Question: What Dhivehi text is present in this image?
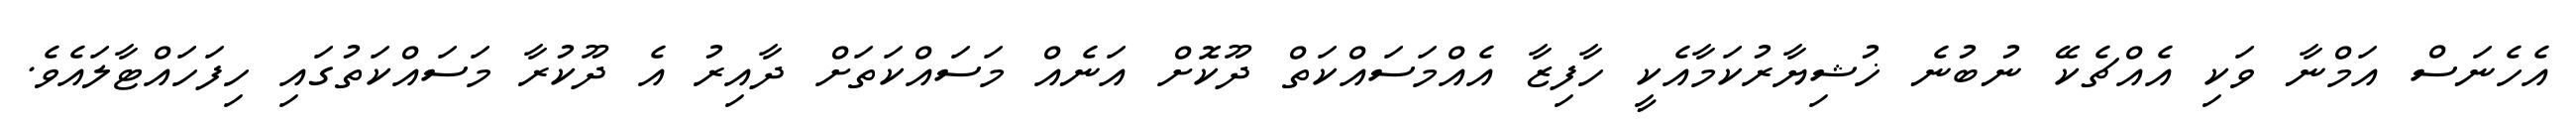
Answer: އެހެނަސް އަމްނާ ވަކި އެއްޗެކޭ ނުބުނެ ޚުޝިޔާރުކަމާއެކީ ހާފިޒާ އެއްމަސައްކަތް ދޫކޮށް އަނެއް މަސައްކަތަށް ދާއިރު އެ ދޫކުރާ މަސައްކަތުގައި ހިފަހައްޓާލައެވެ.